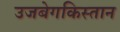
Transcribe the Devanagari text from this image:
उजबेगकिस्तान